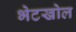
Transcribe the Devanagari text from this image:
भेटखोल